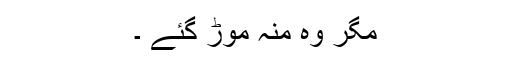
مگر وہ منہ موڑ گئے ۔